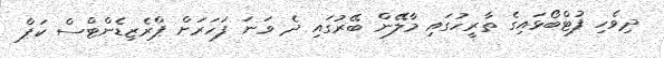
ދިވެހި ފުޓްބޯޅައިގެ ތާރީހުގައި މާލޭން ބޭރުގައި ދެ ވަނަ ފަހަރަށް ޕްރެޒިޑެންޓްސް ކަޕް